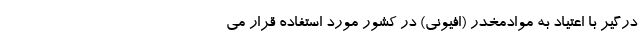
درگیر با اعتیاد به موادمخدر (افیونی) در کشور مورد استفاده قرار می